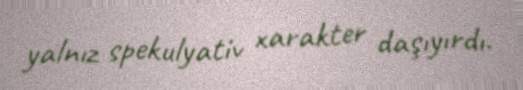
yalnız spekulyativ xarakter daşıyırdı.